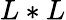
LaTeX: L*L